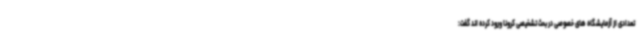
تعدادی از آزمایشگاه های خصوصی در بحث تشخیصی کرونا ورود کرده اند گفت: